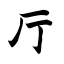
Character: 厅